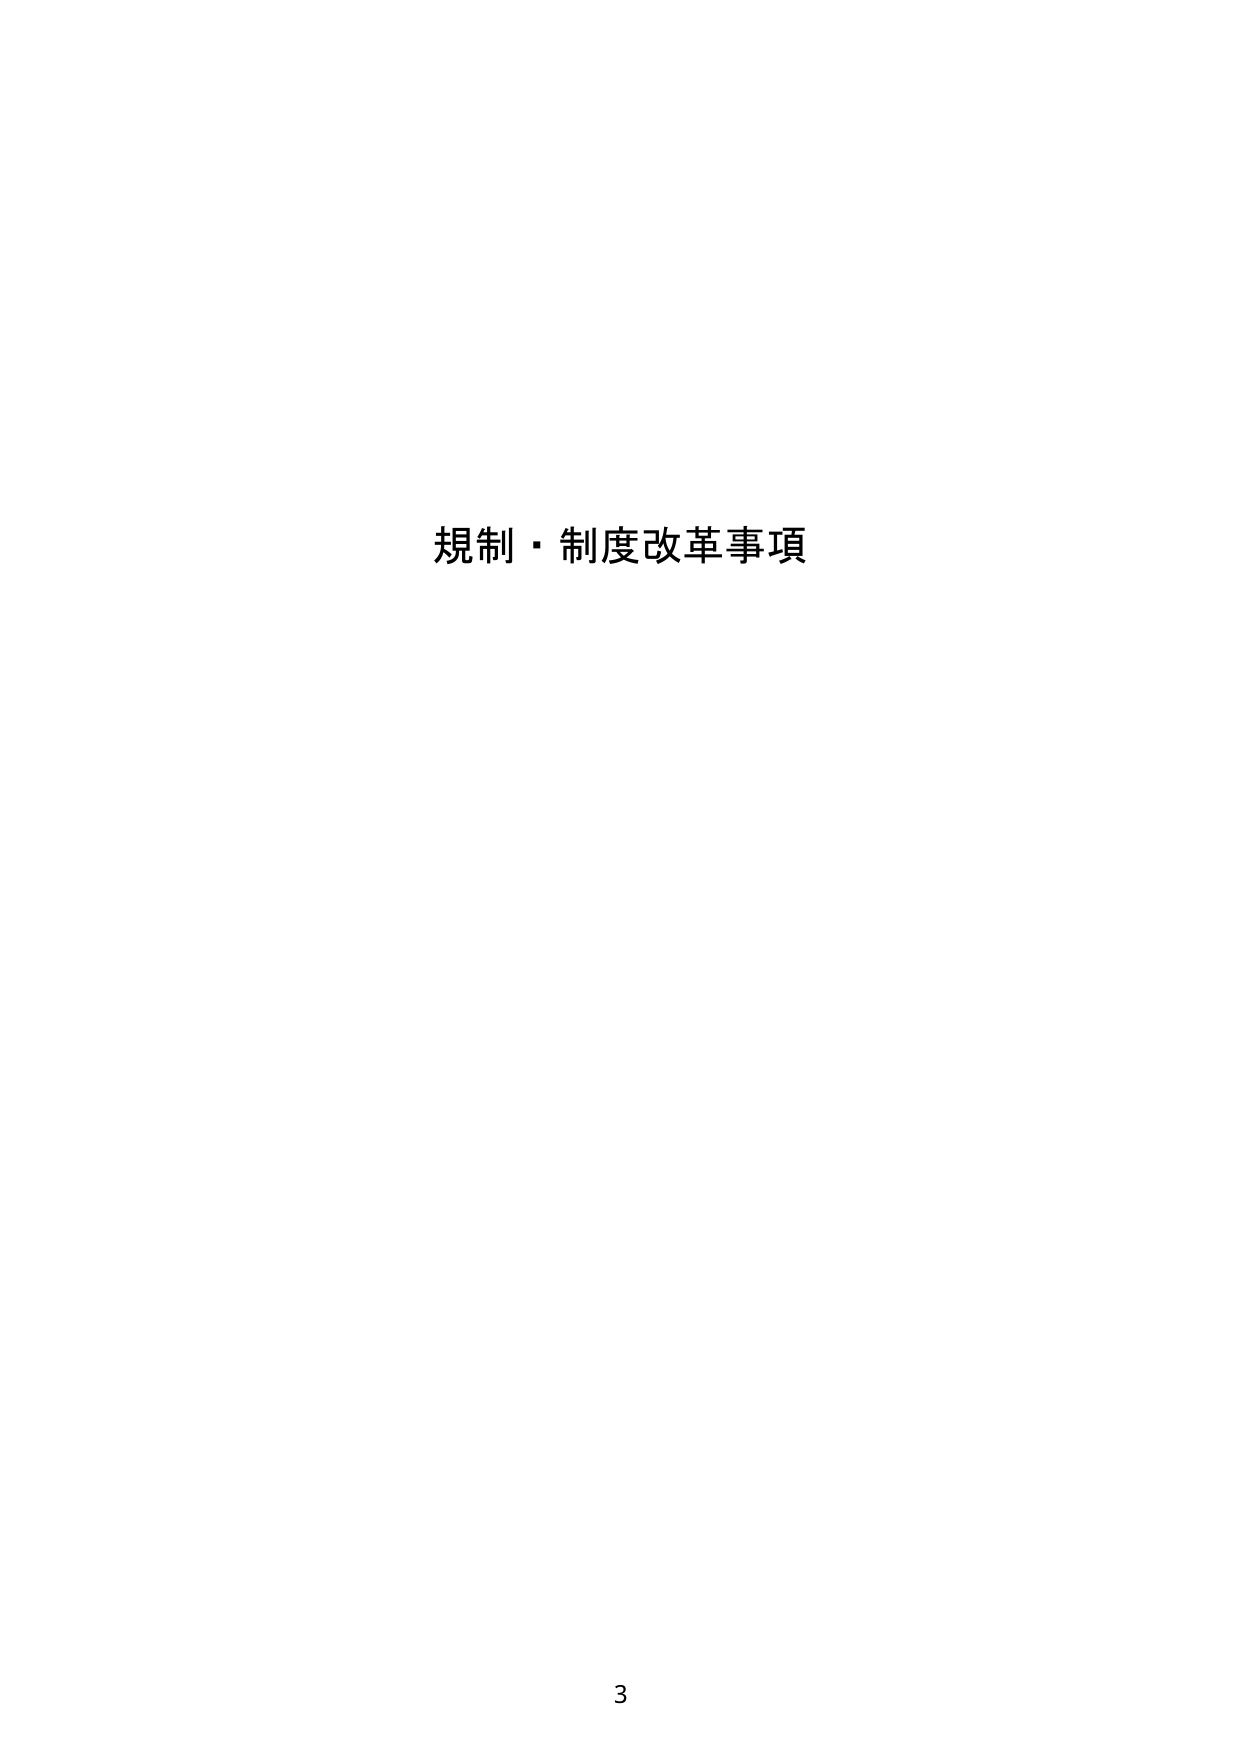
規制・制度改革事項

3